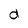
Character: d